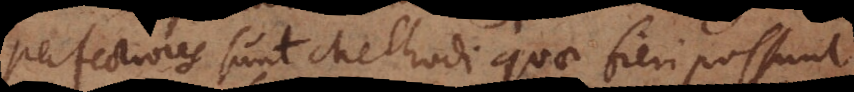
Perfectiores sunt Methodi quae fieri possunt